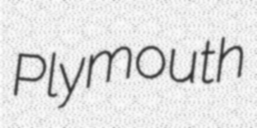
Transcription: Plymouth